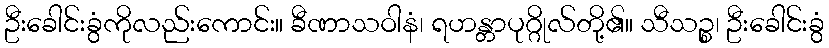
ဦးခေါင်းခွံကိုလည်းကောင်း။ ခီဏာသဝါနံ၊ ရဟန္တာပုဂ္ဂိုလ်တို့၏။ သီသဉ္စ၊ ဦးခေါင်းခွံ